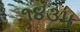
૧૪૩૫